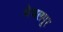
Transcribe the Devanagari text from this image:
वेजलपूर